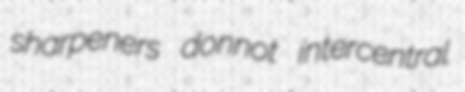
sharpeners donnot intercentral